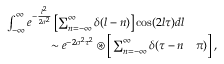
\begin{array} { r l } { \int _ { - \infty } ^ { \infty } e ^ { - \frac { l ^ { 2 } } { 2 \sigma ^ { 2 } } } \left[ \sum _ { n = - \infty } ^ { \infty } \delta ( l - n ) \right] \cos ( 2 l \tau ) d l } & { } \\ { \sim e ^ { - 2 \sigma ^ { 2 } \tau ^ { 2 } } \circledast \bigg [ \sum _ { n = - \infty } ^ { \infty } \delta ( \tau - n } & { \pi ) \bigg ] \, , } \end{array}